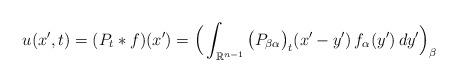
LaTeX: \begin{align*}u(x',t)=(P_t*f)(x')=\Big(\int_{\mathbb{R}^{n-1}} \big(P_{\beta\alpha} \big)_t(x'-y')\,f_\alpha(y')\,dy'\Big)_{\beta}\end{align*}